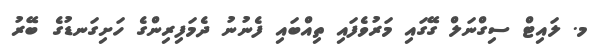
މ. ލައިޓް ސިގްނަލް ގޭގައި މަރުވެފައި ތިއްބައި ފެނުނު ދެމަފިރިންގެ ހަށިގަނޑުގެ ބޭރު